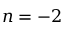
n = - 2